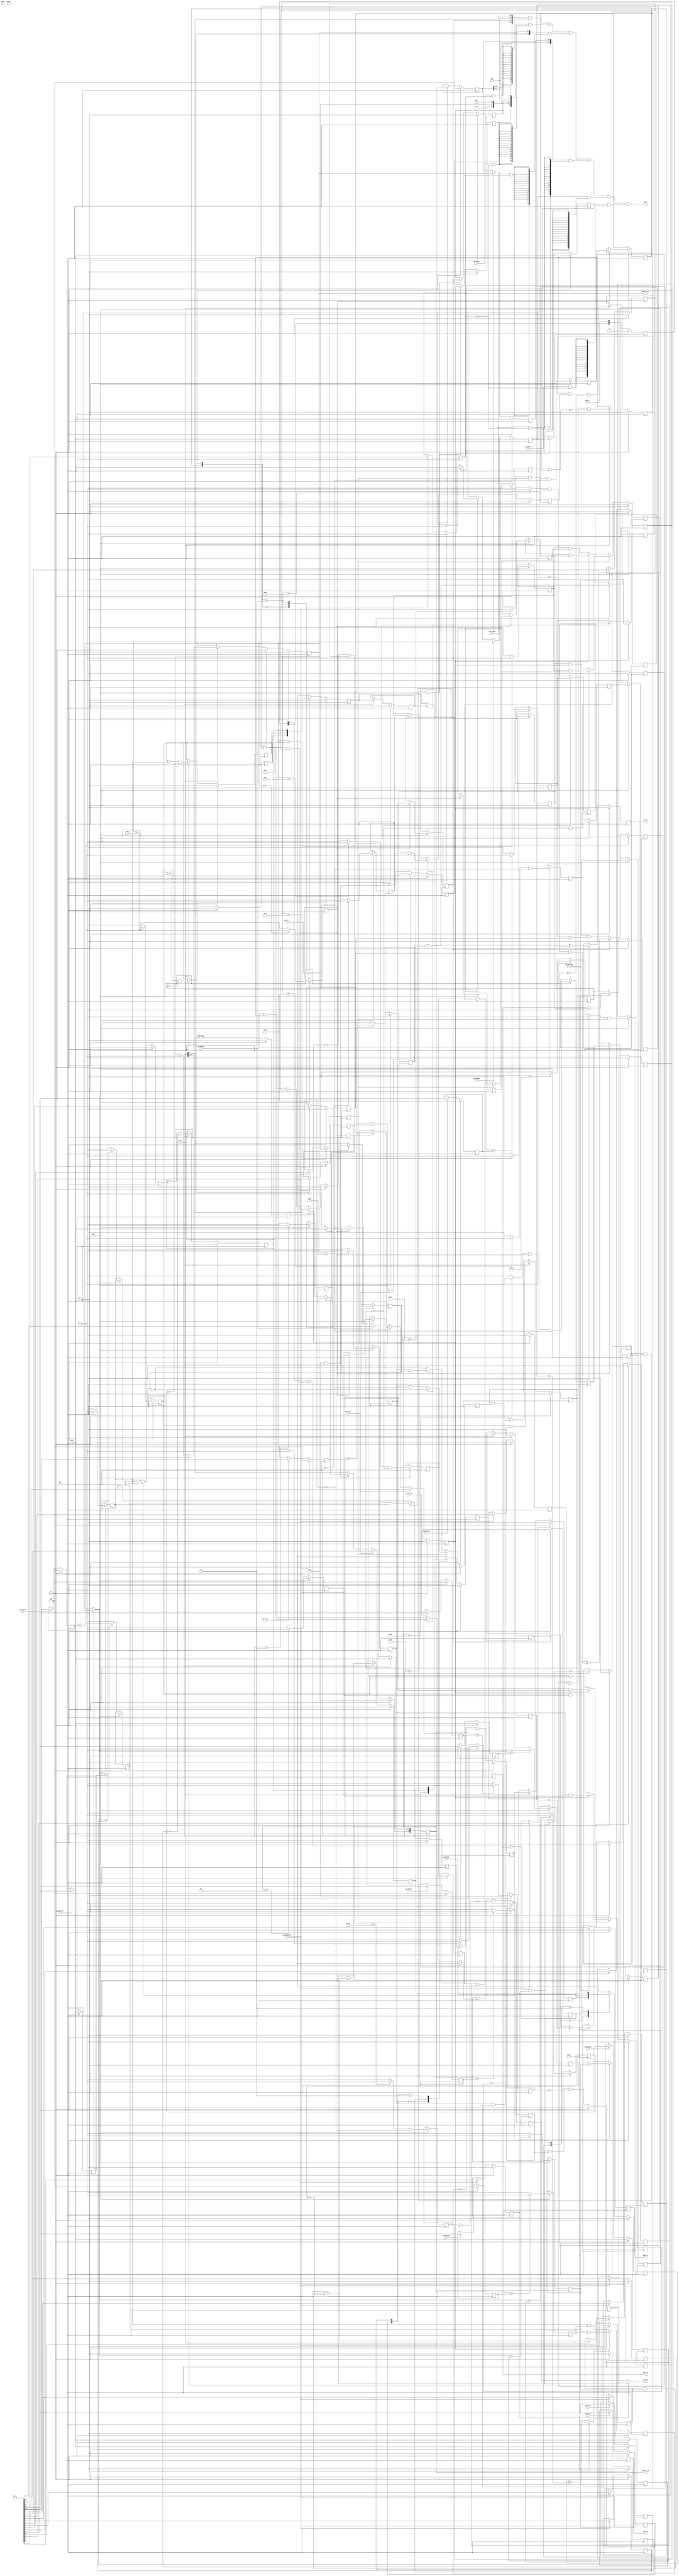
module Agnus_beam_ctr
(
    input  wire        rst,           // Global synchronous reset
    input  wire        clk,           // Master clock (28/56/85 MHz)
    
    input  wire        cck_r,         // CCK rising edge
    input  wire        cck_f,         // CCK falling edge
    input  wire        cdac_r,        // CDAC rising edge
    
    input  wire        reg_vposr,     // VPOSR access
    input  wire        reg_vposw,     // VPOSW access
    input  wire        reg_vhposr,    // VHPOSR access
    input  wire        reg_vhposw,    // VHPOSW access
    input  wire        reg_hhposr,    // HHPOSR access
    input  wire        reg_hhposw,    // HHPOSW access
    input  wire        reg_bplcon0,   // BPLCON0 access
    input  wire        reg_beamcon0,  // BEAMCON0 access
    input  wire        reg_htotal,    // HTOTAL access
    input  wire        reg_hsstop,    // HSSTOP access
    input  wire        reg_hsstrt,    // HSSTRT access
    input  wire        reg_hbstop,    // HBSTOP access
    input  wire        reg_hbstrt,    // HBSTRT access
    input  wire        reg_hcenter,   // HCENTER access
    input  wire        reg_vtotal,    // VTOTAL access
    input  wire        reg_vsstop,    // VSSTOP access
    input  wire        reg_vsstrt,    // VSSTRT access
    input  wire        reg_vbstop,    // VBSTOP access
    input  wire        reg_vbstrt,    // VBSTRT access
    
    input  wire [15:0] db_i,          // Data bus input
    output wire [15:0] db_o,          // Data bus output
    
    output wire  [8:1] hpos_ctr_o,    // Horizontal position
    output wire [10:0] vpos_ctr_o,    // Vertical position
    output wire        vblank_o,      // Vertical blanking
    output wire        start_o,       // DMA / scanline start
    
    input  wire        hsync_i,       // Horizontal synchro input (genlock)
    output wire        hsync_o,       // Horizontal synchro output
    input  wire        vsync_i,       // Vertical synchro input (genlock)
    output wire        vsync_o,       // Vertical synchro output
    output wire        csync_o,       // Composite synchro output
    
    input  wire        ntsc_n_i,      // PAL (1), NTSC (0)
    input  wire        lpen_n_i       // Light pen trigger
);
    parameter [6:0] CHIP_ID = 7'h22;
    
    // ========================================================================
    // Chip registers read
    // ========================================================================
    
    // Regular VPOSR / VHPOSR / HHPOS registers
    wire [15:0] w_VPOSR =
    {
        r_LOF,
        CHIP_ID[6:5], ~ntsc_n_i, CHIP_ID[3:0],
        r_LOL,
        4'b0000,
        r_VPOS[10:8]
    };
    wire [15:0] w_VHPOSR =
    {
        r_VPOS[7:0],
        r_HPOS[8:1]
    };
    wire [15:0] w_HHPOSR =
    {
        8'b00000000,
        r_HHPOS[8:1]
    };
    // Light pen VPOSR / VHPOSR / HHPOS registers
    wire [15:0] w_VPOSR_lp =
    {
        r_LOF_lp,
        CHIP_ID[6:5], ~ntsc_n_i, CHIP_ID[3:0],
        r_LOL_lp,
        4'b0000,
        r_VPOS_lp[10:8]
    };
    wire [15:0] w_VHPOSR_lp =
    {
        r_VPOS_lp[7:0],
        r_HPOS_lp[8:1]
    };
    wire [15:0] w_HHPOSR_lp =
    {
        8'b00000000,
        r_HHPOS_lp[8:1]
    };
    
    // Register read
    assign db_o =
        w_VPOSR     & {16{reg_vposr  &  r_LPENDIS}} |
        w_VPOSR_lp  & {16{reg_vposr  & ~r_LPENDIS}} |
        w_VHPOSR    & {16{reg_vhposr &  r_LPENDIS}} |
        w_VHPOSR_lp & {16{reg_vhposr & ~r_LPENDIS}} |
        w_HHPOSR    & {16{reg_hhposr &  r_LPENDIS}} |
        w_HHPOSR_lp & {16{reg_hhposr & ~r_LPENDIS}};
    
    // ========================================================================
    // Chip registers write
    // ========================================================================
    
    // BPLCON0[3:1]
    reg         r_LPEN;      // Bit #3
    reg         r_ERSY;      // Bit #2 (TBD)
    reg         r_LACE;      // Bit #1
    
    always @ (posedge clk) begin : BPLCON0_REG
    
        if (rst) begin
            r_LPEN <= 1'b0;
            r_ERSY <= 1'b0;
            r_LACE <= 1'b0;
        end
        else begin
            if (reg_bplcon0) begin
                r_LPEN <= db_i[3];
                r_ERSY <= db_i[2];
                r_LACE <= db_i[1];
            end
        end
    end

    // ========================================================================
    
    // BEAMCON0[14:0]
    reg         r_HARDDIS;   // Bit #14 (TBD)
    reg         r_LPENDIS;   // Bit #13
    reg         r_VARVBEN;   // Bit #12
    reg         r_LOLDIS;    // Bit #11
    reg         r_CSCBEN;    // Bit #10
    reg         r_VARVSYEN;  // Bit #9
    reg         r_VARHSYEN;  // Bit #8
    reg         r_VARBEAMEN; // Bit #7
    reg         r_DUAL;      // Bit #6
    reg         r_PAL;       // Bit #5
    reg         r_VARCSYEN;  // Bit #4
    reg         r_BLANKEN;   // Bit #3
    reg         r_CSYTRUE;   // Bit #2
    reg         r_VSYTRUE;   // Bit #1
    reg         r_HSYTRUE;   // Bit #0
    
    always @ (posedge clk) begin : BEAMCON0_REG
    
        if (rst) begin
            r_HARDDIS   <= 1'b0;
            r_LPENDIS   <= 1'b0;
            r_VARVBEN   <= 1'b0;
            r_LOLDIS    <= 1'b0;
            r_CSCBEN    <= 1'b0;
            r_VARVSYEN  <= 1'b0;
            r_VARHSYEN  <= 1'b0;
            r_VARBEAMEN <= 1'b0;
            r_DUAL      <= 1'b0;
            r_PAL       <= ~ntsc_n_i;
            r_VARCSYEN  <= 1'b0;
            r_BLANKEN   <= 1'b0;
            r_CSYTRUE   <= 1'b0;
            r_VSYTRUE   <= 1'b0;
            r_HSYTRUE   <= 1'b0;
        end
        else begin
            if (reg_beamcon0) begin
                r_HARDDIS   <= db_i[14];
                r_LPENDIS   <= db_i[13];
                r_VARVBEN   <= db_i[12];
                r_LOLDIS    <= db_i[11];
                r_CSCBEN    <= db_i[10];
                r_VARVSYEN  <= db_i[9];
                r_VARHSYEN  <= db_i[8];
                r_VARBEAMEN <= db_i[7];
                r_DUAL      <= db_i[6];
                r_PAL       <= db_i[5];
                r_VARCSYEN  <= db_i[4];
                r_BLANKEN   <= db_i[3];
                r_CSYTRUE   <= db_i[2];
                r_VSYTRUE   <= db_i[1];
                r_HSYTRUE   <= db_i[0];
            end
        end
    end
    
    // ========================================================================
    
    // HTOTAL[7:0]
    reg   [7:0] r_HTOTAL;
    // HSSTOP[7:0]
    reg   [7:0] r_HSSTOP;
    // HSSTRT[7:0]
    reg   [7:0] r_HSSTRT;
    // HBSTOP[7:0]
    reg   [7:0] r_HBSTOP;
    // HBSTRT[7:0]
    reg   [7:0] r_HBSTRT;
    // HCENTER[7:0]
    reg   [7:0] r_HCENTER;
    
    always @ (posedge clk) begin : HBEAM_REG
    
        if (rst) begin
            r_HTOTAL  <= 8'd226; // To have HHPOS following HPOS
            r_HSSTOP  <= 8'd0;
            r_HSSTRT  <= 8'd0;
            r_HBSTOP  <= 8'd0;
            r_HBSTRT  <= 8'd0;
            r_HCENTER <= 8'd0;
        end
        else begin
            if (reg_htotal)  r_HTOTAL  <= db_i[7:0];
            if (reg_hsstop)  r_HSSTOP  <= db_i[7:0];
            if (reg_hsstrt)  r_HSSTRT  <= db_i[7:0];
            if (reg_hbstop)  r_HBSTOP  <= db_i[7:0];
            if (reg_hbstrt)  r_HBSTRT  <= db_i[7:0];
            if (reg_hcenter) r_HCENTER <= db_i[7:0];
        end
    end
    
    // ========================================================================
    
    // VTOTAL[10:0]
    reg  [10:0] r_VTOTAL;
    // HSSTOP[10:0]
    reg  [10:0] r_VSSTOP;
    // HSSTRT[10:0]
    reg  [10:0] r_VSSTRT;
    // HBSTOP[10:0]
    reg  [10:0] r_VBSTOP;
    // HBSTRT[10:0]
    reg  [10:0] r_VBSTRT;
    
    always @ (posedge clk) begin : VBEAM_REG
    
        if (rst) begin
            r_VTOTAL <= 11'd0;
            r_VSSTOP <= 11'd0;
            r_VSSTRT <= 11'd0;
            r_VBSTOP <= 11'd0;
            r_VBSTRT <= 11'd0;
        end
        else begin
            if (reg_vtotal)  r_VTOTAL  <= db_i[10:0];
            if (reg_vsstop)  r_VSSTOP  <= db_i[10:0];
            if (reg_vsstrt)  r_VSSTRT  <= db_i[10:0];
            if (reg_vbstop)  r_VBSTOP  <= db_i[10:0];
            if (reg_vbstrt)  r_VBSTRT  <= db_i[10:0];
        end
    end
    
    // ========================================================================
    // Clock domain crossing for HSYNC
    // ========================================================================
    
    reg [2:0] r_hsync_cc;
    
    always @ (posedge clk) begin : HSYNC_CC
    
        r_hsync_cc[0] <= hsync_i;
        r_hsync_cc[1] <= r_hsync_cc[0];
        
        // Synchronize on CCK's rising edge
        // Take care of the polarity
        if (cck_r) begin
            r_hsync_cc[2] <= r_hsync_cc[1] ^ ~r_HSYTRUE;
        end
    end
    
    // ========================================================================
    // Horizontal counter
    // ========================================================================
    
    // Long line flip-flop
    reg         r_LOL;
    // Horizontal counter
    reg   [8:1] r_HPOS;
    
    always @ (posedge clk) begin : HPOS_CTR
        reg v_hend;
    
        if (rst) begin
            r_HPOS <= 8'd0;
            r_LOL  <= 1'b0;
            v_hend <= 1'b0;
        end
        else begin
            // Load HPOS when VHPOSW is written
            if (reg_vhposw) begin
                r_HPOS <= db_i[7:0];
            end
            else if (cck_f) begin
                r_HPOS <= (v_hend) ? 8'd0 : r_HPOS + 8'd1;
            end
            
            // Horizontal end
            v_hend <= (r_LOL)
                    ? r_HC227 | r_HEND_d & r_VARBEAMEN  // Long line
                    : r_HC226 | r_HEND   & r_VARBEAMEN; // Short line
                
            // Clear LOL flag in PAL mode or when VPOSW is written
            if (r_PAL | r_LOLDIS | reg_vposw) begin
                r_LOL <= 1'b0;
            end
            // Otherwise, toggle LOL flag when HPOS = 1
            else begin
                r_LOL <= r_LOL ^ (r_HC1 & cck_f);
            end
        end
    end
    
    assign hpos_ctr_o = r_HPOS;
    
    // ========================================================================
    // Second horizontal counter
    // ========================================================================
    
    // Second horizontal counter
    reg   [8:1] r_HHPOS;
    
    always @ (posedge clk) begin : HHPOS_CTR
        reg v_hend;
    
        if (rst) begin
            r_HHPOS <= 8'd0;
            v_hend <= 1'b0;
        end
        else begin
            // Load HPOS when VHPOSW is written
            if (reg_hhposw) begin
                r_HHPOS <= db_i[7:0];
            end
            else if (cck_f) begin
                r_HHPOS <= (v_hend) ? 8'd0 : r_HHPOS + 8'd1;
            end
            
            // Horizontal end
            v_hend <= (r_LOL)  // HHPOS should have its own LOL flag ???
                    ? r_HEND_d // Long line
                    : r_HEND;  // Short line
        end
    end
    
    // ========================================================================
    // Horizontal counter comparators
    // ========================================================================
    
    // Those specific HPOS values follow NTSC/PAL Agnus datasheet page 39
    wire w_HC0   = (r_HPOS == 8'd0)   ? 1'b1 : 1'b0;
    wire w_HC1   = (r_HPOS == 8'd1)   ? 1'b1 : 1'b0;
    wire w_HC9   = (r_HPOS == 8'd9)   ? 1'b1 : 1'b0;
    wire w_HC18  = (r_HPOS == 8'd18)  ? 1'b1 : 1'b0;
    wire w_HC26  = (r_HPOS == 8'd26)  ? 1'b1 : 1'b0;
    wire w_HC35  = (r_HPOS == 8'd35)  ? 1'b1 : 1'b0;
    wire w_HC115 = (r_HPOS == 8'd115) ? 1'b1 : 1'b0;
    wire w_HC132 = (r_HPOS == 8'd132) ? 1'b1 : 1'b0;
    wire w_HC140 = (r_HPOS == 8'd140) ? 1'b1 : 1'b0;
    wire w_HC226 = (r_HPOS == 8'd226) ? 1'b1 : 1'b0;

    // ========================================================================
    
    // Start of line :
    // Freeze HPOS when GENLOCK is active and no HSYNC
    reg         r_HC0;
    // LOL flag toggle
    // VPOS management
    // Start of fixed DMAs
    // VB pulse (de-)assertion
    // Serration pulse de-assertion
    reg         r_HC1;
    // VE pulse assertion (Odd field, PAL & NTSC)
    // VE pulse de-assertion (Even field PAL, Odd field NTSC)
    reg         r_HC9; // a.k.a VR1
    // HSYNC pulse assertion (PAL & NTSC)
    // 1st equalization pulse assertion (PAL & NTSC)
    // 1st serration pulse assertion (PAL & NTSC)
    reg         r_HC18; // a.k.a SHS
    // 1st equalization pulse de-assertion (PAL)
    reg         r_HC26; // a.k.a VER1_P
    // 1st equalization pulse de-assertion (NTSC)
    reg         r_HC27; // a.k.a VER1_N
    // HSYNC pulse de-assertion (PAL & NTSC)
    reg         r_HC35; // a.k.a RHS
    // VE pulse assertion (Even field, PAL & NTSC)
    // VE pulse de-assertion (Odd field PAL, Even field NTSC)
    // 1st serration pulse de-assertion (PAL & NTSC)
    reg         r_HC115; // a.k.a VR2
    // 2nd serration pulse assertion (PAL & NTSC)
    // 2nd equalization pulse assertion (PAL & NTSC)
    reg         r_HC132; // a.k.a CEN
    // 2nd equalization pulse de-assertion (PAL)
    reg         r_HC140; // a.k.a VER2_P
    // 2nd equalization pulse de-assertion (NTSC)
    reg         r_HC141; // a.k.a VER2_N
    // End of PAL line
    // End of NTSC short line
    reg         r_HC226;
    // End of NTSC long line
    reg         r_HC227;
    
    // End of line
    reg         r_HEND;   // LOL = 0
    reg         r_HEND_d; // LOL = 1
    // Middle of line
    reg         r_HMID;
    // HSYNC de-assertion
    reg         r_HS_clr;
    // HSYNC assertion
    reg         r_HS_set;
    // HBLANK de-assertion
    reg         r_HB_clr;
    // HBLANK assertion
    reg         r_HB_set;
    // DUAL mode
    wire  [8:1] w_hpos = (r_DUAL) ? r_HHPOS : r_HPOS;
    
    always @ (posedge clk) begin : HCOMPARE_REG
    
        if (cck_r) begin
            r_HC0    <= w_HC0;
            r_HC1    <= w_HC1;
            r_HC9    <= w_HC9;
            r_HC18   <= w_HC18;
            r_HC26   <= w_HC26 & r_VE & ~r_OLDVSY;
            r_HC35   <= w_HC35;
            r_HC115  <= w_HC115;
            r_HC132  <= w_HC132;
            r_HC140  <= w_HC140 & r_VE & ~r_OLDVSY;
            r_HC226  <= w_HC226 & ~r_VARBEAMEN;
            
            // Delayed horizontal compare (it saves some LUTs)
            r_HC27   <= r_HC26;
            r_HC141  <= r_HC140;
            r_HC227  <= r_HC226;
            r_HEND_d <= r_HEND;
            
            // Variable beam compare
            r_HEND   <= (w_hpos == r_HTOTAL)  ? 1'b1 : 1'b0;
            r_HMID   <= (w_hpos == r_HCENTER) ? 1'b1 : 1'b0;
            r_HS_clr <= (w_hpos == r_HSSTOP)  ? 1'b1 : 1'b0;
            r_HS_set <= (w_hpos == r_HSSTRT)  ? 1'b1 : 1'b0;
            r_HB_clr <= (w_hpos == r_HBSTOP)  ? 1'b1 : 1'b0;
            r_HB_set <= (w_hpos == r_HBSTRT)  ? 1'b1 : 1'b0;
        end
    end
    
    assign start_o = r_HC1;

    // ========================================================================
    // Vertical counter
    // ========================================================================
    
    // Long field flip-flop
    reg         r_LOF;
    // Vertical counter
    reg  [10:0] r_VPOS;
    
    always @ (posedge clk) begin : VPOS_CTR
        reg v_vend;
        reg v_cout;
    
        if (rst) begin
            r_VPOS <= 11'd0;
            r_LOF  <= 1'b0;
            v_vend <= 1'b0;
            v_cout <= 1'b0;
        end
        else begin
            // Load VPOS LSB when VHPOSW is written
            if (reg_vhposw) begin
                r_VPOS[7:0] <= db_i[15:8];
            end
            // VPOS LSB management when HPOS = 1
            else if (r_HC1 & cck_f) begin
                if (v_vend) begin
                    r_VPOS[7:0] <= 8'd0;
                end
                else begin
                    r_VPOS[7:0] <= r_VPOS[7:0] + 8'd1;
                end
            end
            
            // Load VPOS MSB and LOF when VPOSW is written
            if (reg_vposw) begin
                r_VPOS[10:8] <= db_i[2:0];
                r_LOF        <= db_i[15];
            end
            // VPOS MSB management when HPOS = 1
            else if (r_HC1 & cck_f) begin
                if (v_vend) begin
                    r_VPOS[10:8] <= 3'd0;
                    r_LOF        <= ~r_LOF & r_LACE;
                end
                else begin
                    r_VPOS[10:8] <= r_VPOS[10:8] + { 2'b00, v_cout };
                end
            end
            
            // Vertical end : reset VPOS counter
            if (r_LOF) begin
                // Long field vertical end
                v_vend <= r_VC262 | r_VC312 | r_VEND_d;
            end
            else begin
                // Short field vertical end
                v_vend <= r_VC261 | r_VC311 | r_VEND;
            end
            
            // LSB -> MSB carry out
            v_cout <= &r_VPOS[7:0];
        end
    end
    
    assign vpos_ctr_o = r_VPOS;
    
    // ========================================================================
    // Vertical counter comparators
    // ========================================================================
    
    // Those specific VPOS values follow NTSC/PAL Agnus datasheet page 39
    wire w_VC0   = (r_VPOS == 11'd0  ) ? 1'b1 : 1'b0;
    wire w_VC2   = (r_VPOS == 11'd2  ) ? 1'b1 : 1'b0;
    wire w_VC5   = (r_VPOS == 11'd5  ) ? 1'b1 : 1'b0;
    wire w_VC20  = (r_VPOS == 11'd20 ) ? 1'b1 : 1'b0;
    wire w_VC25  = (r_VPOS == 11'd25 ) ? 1'b1 : 1'b0;
    wire w_VC261 = (r_VPOS == 11'd261) ? 1'b1 : 1'b0;
    wire w_VC311 = (r_VPOS == 11'd311) ? 1'b1 : 1'b0;
    
    // ========================================================================
    
    // PAL or NTSC vertical equalization start
    reg         r_VC0;
    // PAL vertical synchro start (short field)
    reg         r_VC2;
    // PAL vertical synchro start (long field)
    // NTSC vertical synchro start (both fields)
    reg         r_VC3;
    // PAL vertical synchro stop (both fields)
    reg         r_VC5;
    // NTSC vertical synchro stop (both fields)
    reg         r_VC6;
    // PAL vertical equalization stop (short field)
    reg         r_VC7;
    // PAL vertical equalization stop (long field)
    reg         r_VC8;
    // NTSC vertical equalization stop (both fields)
    reg         r_VC9;
    // NTSC vertical blanking stop
    reg         r_VC20; // a.k.a RVB_N
    // PAL vertical blanking stop
    reg         r_VC25; // a.k.a RVB_P
    // NTSC vertical end (short field)
    reg         r_VC261;
    // NTSC vertical end (long field)
    reg         r_VC262;
    // PAL vertical end (short field)
    reg         r_VC311;
    // PAL vertical end (long field)
    reg         r_VC312;
    
    // End of field
    reg         r_VEND;   // LOF = 0
    reg         r_VEND_d; // LOF = 1
    // VSYNC de-assertion
    reg         r_VS_clr;
    // VSYNC assertion
    reg         r_VS_set;
    // VBLANK de-assertion
    reg         r_VB_clr;
    // VBLANK assertion
    reg         r_VB_set;
    
    always @ (posedge clk) begin : VCOMPARE_REG
    
        if (cck_r) begin
            r_VC0    <= w_VC0;
            r_VC2    <= w_VC2;
            r_VC5    <= w_VC5;
            r_VC20   <= w_VC20 & ~r_PAL;
            r_VC25   <= w_VC25 &  r_PAL;
            r_VC261  <= w_VC261 & ~r_PAL & ~r_VARBEAMEN;
            r_VC311  <= w_VC311 &  r_PAL & ~r_VARBEAMEN;
            
            // Variable beam compare (when HPOS = 1)
            r_VEND   <= (r_VPOS == r_VTOTAL) ? r_VARBEAMEN : 1'b0;
            r_VS_clr <= (r_VPOS == r_VSSTOP) ?        1'b1 : 1'b0;
            r_VS_set <= (r_VPOS == r_VSSTRT) ?        1'b1 : 1'b0;
            r_VB_clr <= (r_VPOS == r_VBSTOP) ?        1'b1 : 1'b0;
            r_VB_set <= (r_VPOS == r_VBSTRT) ?        1'b1 : 1'b0;
            
            // Delayed vertical compare (it saves some LUTs)
            if (r_HC0) begin
                r_VC3    <= r_VC2;
                r_VC6    <= r_VC5;
                r_VC7    <= r_VC6;
                r_VC8    <= r_VC7;
                r_VC9    <= r_VC8;
                r_VC262  <= r_VC261;
                r_VC312  <= r_VC311;
                r_VEND_d <= r_VEND & r_LOF;
            end
        end
    end
    
    // ========================================================================
    // Horizontal synchronization
    // ========================================================================
    
    // OCS HSYNC (PAL or NTSC)
    reg         r_OLDHSY;
    // ECS HSYNC (new video modes)
    reg         r_VARHSY;
    // Muxed HSYNC / CSYNC
    reg         r_MUXHSY;
    // Delayed HSYNC (Long line support)
    reg         r_LOLHSY;
    // HSYNC pin output
    reg         r_HSY;
    
    always @ (posedge clk) begin : HSYNC_REG
    
        if (rst) begin
            r_OLDHSY <= 1'b0;
            r_VARHSY <= 1'b0;
            r_MUXHSY <= 1'b0;
            r_LOLHSY <= 1'b0;
            r_HSY    <= 1'b0;
        end
        else begin
            // Re-synchronize HSYNC with CDAC clock
            if (cdac_r) begin
                // Take into account LOL state and signal polarity
                r_HSY <= ((r_LOL) ? r_LOLHSY : r_MUXHSY) ^ ~r_HSYTRUE;
            end
            
            // Half CCK cycle delay for LOL support
            if (cck_f) begin
                r_LOLHSY <= r_MUXHSY;
            end
            
            if (cck_f) begin
                // PAL or NTSC HSYNC
                r_OLDHSY <= (r_OLDHSY | r_HC18) & ~r_HC35;
                // Variable HSYNC
                r_VARHSY <= (r_VARHSY | r_HS_set) & ~r_HS_clr;
            end
            
            // Select the correct HSYNC / CSYNC signal
            casez ({ r_CSCBEN, r_VARHSYEN })
                2'b00 : r_MUXHSY <= r_OLDHSY; // PAL or NTSC
                2'b?1 : r_MUXHSY <= r_VARHSY; // New video modes
                2'b10 : r_MUXHSY <= r_VARCSY; // Dual mode
            endcase
        end
    end
    
    assign hsync_o = r_HSY;
    
    // ========================================================================
    // Composite synchronization
    // ========================================================================
    
    // OCS CSYNC (PAL or NTSC)
    reg         r_OLDCSY;
    // ECS CSYNC (new video modes)
    reg         r_VARCSY;
    // Muxed CSYNC / CBLANK
    reg         r_MUXCSY;
    // Delayed CSYNC (Long line support)
    reg         r_LOLCSY;
    // CSYNC pin output
    reg         r_CSY;
    
    always @ (posedge clk) begin : CSYNC_REG
        reg v_clr_e;
        reg v_clr_o;
        reg v_set_o;
        reg v_clr_v;
        reg v_set_v;
    
        if (rst) begin
            r_OLDCSY <= 1'b0;
            r_VARCSY <= 1'b0;
            r_MUXCSY <= 1'b0;
            r_LOLCSY <= 1'b0;
            r_CSY    <= 1'b0;
            v_clr_e  <= 1'b0;
            v_clr_o  <= 1'b0;
            v_set_o  <= 1'b0;
            v_clr_v  <= 1'b0;
            v_set_v  <= 1'b0;
        end
        else begin
            // Re-synchronize CSYNC with CDAC clock
            if (cdac_r) begin
                // Take into account LOL state and signal polarity
                r_CSY <= ((r_LOL) ? r_LOLCSY : r_MUXCSY) ^ ~r_CSYTRUE;
            end
            
            // Half CCK cycle delay for LOL support
            if (cck_f) begin
                r_LOLCSY <= r_MUXCSY;
            end
            
            if (cck_f) begin
                // PAL or NTSC CSYNC
                r_OLDCSY <= (r_OLDCSY | v_set_o) & ~(v_clr_e | v_clr_o);
                // Variable CSYNC
                r_VARCSY <= (r_VARCSY | v_set_v) & ~v_clr_v;
            end
            
            // Select the correct CSYNC / CBLANK signal
            casez ({ r_BLANKEN, r_VARCSYEN })
                2'b00 : r_MUXCSY <= r_OLDCSY; // PAL or NTSC
                2'b?1 : r_MUXCSY <= r_VARCSY; // New video modes
                2'b10 : r_MUXCSY <= r_VARCB;  // Composite blanking to Denise
            endcase
            
            // CSYNC clear (during equalization)
            if (r_PAL) begin
                // PAL : cycle #26 or cycle #140
                v_clr_e <= r_HC26 | r_HC140;
            end
            else begin
                // NTSC : cycle #27 or cycle #141
                v_clr_e <= r_HC27 | r_HC141;
            end
            
            // CSYNC clear : cycle #1 or cycle #115 (during VSYNC) otherwise, cycle #35
            v_clr_o <= (r_OLDVSY) ? r_HC1 | r_HC115 : r_HC35;
            // CSYNC set : cycle #18 or cycle #132 (during equalization)
            v_set_o <= r_HC18 | r_HC132 & r_VE;
            
            // VARCSY clear
            v_clr_v <= (r_PREVSY) ? r_HB_clr | r_HB_set : r_HS_clr;
            // VARCSY set
            v_set_v <= (r_PREVSY) ? r_HS_set | r_HMID   : r_HS_set;
        end
    end
    
    assign csync_o = r_CSY;
    
    // ========================================================================
    // Vertical synchronization
    // ========================================================================
    
    // OCS VSYNC (PAL or NTSC)
    reg         r_OLDVSY;
    // ECS VSYNC (new video modes)
    reg         r_PREVSY; // Used by VARCSY
    reg         r_VARVSY;
    // Muxed VSYNC / CBLANK
    reg         r_MUXVSY;
    // VSYNC pin output
    reg         r_VSY;
    
    always @ (posedge clk) begin : VSYNC_REG
        reg v_clr_o;
        reg v_set_o;
        reg v_clr_v;
        reg v_set_v;
        
        if (rst) begin
            r_OLDVSY <= 1'b0;
            r_PREVSY <= 1'b0;
            r_VARVSY <= 1'b0;
            r_MUXVSY <= 1'b0;
            r_VSY    <= 1'b0;
            v_clr_o  <= 1'b0;
            v_set_o  <= 1'b0;
            v_clr_v  <= 1'b0;
            v_set_v  <= 1'b0;
        end
        else begin
            // Re-synchronize VSYNC with CDAC clock
            if (cdac_r) begin
                // Take into account the signal polarity
                // No LOL support !
                r_VSY <= r_MUXVSY ^ ~r_VSYTRUE;
            end
            
            if (cck_f) begin
                // PAL or NTSC VSYNC
                r_OLDVSY <= (r_OLDVSY | v_set_o) & ~v_clr_o;
                // Variable VSYNC
                r_VARVSY <= r_PREVSY;
            end
            
            // Select the correct VSYNC / CBLANK signal
            casez ({ r_CSCBEN, r_VARVSYEN })
                2'b00 : r_MUXVSY <= r_OLDVSY; // PAL or NTSC
                2'b?1 : r_MUXVSY <= r_VARVSY; // New video modes
                2'b10 : r_MUXVSY <= r_VARCB;  // Dual mode
            endcase
            
            // VSYNC clear and set
            if (r_PAL) begin
                // PAL case
                v_clr_o <= (r_LOF) ? r_HC132 & r_VC5 : r_HC18 & r_VC5;
                v_set_o <= (r_LOF) ? r_HC18 & r_VC3 : r_HC132 & r_VC2;
            end
            else begin
                // NTSC case
                v_clr_o <= (r_LOF) ? r_HC132 & r_VC6 : r_HC18 & r_VC6;
                v_set_o <= (r_LOF) ? r_HC132 & r_VC3 : r_HC18 & r_VC3;
            end
            
            // Variable VSYNC
            r_PREVSY <= (r_VARVSY | v_set_v) & ~v_clr_v;
            v_clr_v  <= (r_LOF) ? r_HMID & r_VS_clr : r_HS_set & r_VS_clr;
            v_set_v  <= (r_LOF) ? r_HMID & r_VS_set : r_HS_set & r_VS_set;
        end
    end
    
    assign vsync_o = r_VSY;
    
    // ========================================================================
    // Vertical equalization
    // ========================================================================
    
    // Vertical equalization flag for CSYNC generation (PAL or NTSC)
    reg         r_VE;
    
    always @ (posedge clk) begin : VEQUAL_REG
        reg v_set;
        reg v_clr;
    
        if (rst) begin
            r_VE  <= 1'b0;
            v_clr <= 1'b0;
            v_set <= 1'b0;
        end
        else begin
            if (cck_f) begin
                r_VE <= (r_VE | v_set) & ~v_clr;
            end
            
            // Vertical equalization clear
            if (r_PAL) begin
                // PAL mode
                v_clr <= (r_LOF) ? r_HC9 & r_VC8 : r_HC115 & r_VC7;
            end
            else begin
                // NTSC mode
                v_clr <= (r_LOF) ? r_HC115 & r_VC9 : r_HC9 & r_VC9;
            end
            
            // Vertical equalization set
            v_set <= (r_LOF) ? r_HC115 & r_VC0 : r_HC9 & r_VC0;
        end
    end
    
    // ========================================================================
    // Horizontal and composite blanking
    // ========================================================================
    
    // ECS HBLANK
    reg         r_VARHB;
    // ECS CBLANK
    reg         r_VARCB;
    
    always @ (posedge clk) begin : HCBLANK_REG
    
        if (rst) begin
            r_VARHB <= 1'b0;
            r_VARCB <= 1'b0;
        end
        else begin
            if (cck_f) begin
                // Variable HBLANK
                r_VARHB <= (r_VARHB | r_HB_set) & ~r_HB_clr;
                // Variable CBLANK
                r_VARCB <= r_VARVB | ((r_VARHB | r_HB_set) & ~r_HB_clr);
            end
        end
    end
    
    // ========================================================================
    // Vertical blanking
    // ========================================================================
    
    // OCS VBLANK (PAL or NTSC)
    reg         r_OLDVB;
    // ECS VBLANK (new video modes)
    reg         r_VARVB;
    
    always @ (posedge clk) begin : VBLANK_REG
        reg v_vend;
    
        if (rst) begin
            r_OLDVB <= 1'b1;
            r_VARVB <= 1'b0;
        end
        else begin
            if (r_LOF) begin
                // Short field vertical end
                v_vend = r_VC262 | r_VC312;
            end
            else begin
                // Long field vertical end
                v_vend = r_VC261 | r_VC311;
            end
            
            // NTSC blanking lines : 261/262, 0 .. 19
            // PAL blanking lines : 311/312, 0 .. 24
            r_OLDVB <= (r_OLDVB | v_vend) & ~(r_VC20 | r_VC25);
            // Variable VBLANK
            r_VARVB <= (r_VARVB | r_VB_set) & ~r_VB_clr;
        end
    end
    
    assign vblank_o = (r_VARVBEN) ? r_VARVB : r_OLDVB;
    
    // ========================================================================
    // Light pen coordinates
    // ========================================================================
    
    // Latch enable
    reg         r_HVL;
    // HPOS latch
    reg   [8:1] r_HPOS_lp;
    // LOL latch
    reg         r_LOL_lp;
    // VPOS latch
    reg  [10:0] r_VPOS_lp;
    // LOF latch
    reg         r_LOF_lp;
    // HHPOS latch
    reg   [8:1] r_HHPOS_lp;
    
    always @ (posedge clk) begin : LPEN_REG
        reg [1:0] v_lpen_cc;
    
        if (rst) begin
            r_HVL      <= 1'b0;
            r_HPOS_lp  <= 8'd0;
            r_LOL_lp   <= 1'b0;
            r_VPOS_lp  <= 11'd0;
            r_LOF_lp   <= 1'b0;
            r_HHPOS_lp <= 8'd0;
            v_lpen_cc  <= 2'b11;
        end
        else begin
            // Latch light pen coordinates
            if (r_HVL & r_LPEN & cck_r) begin
                r_HPOS_lp  <= r_HPOS;
                r_LOL_lp   <= r_LOL;
                r_VPOS_lp  <= r_VPOS;
                r_LOF_lp   <= r_LOF;
                r_HHPOS_lp <= r_HHPOS;
            end
            
            // HPOS / VPOS / HHPOS latch enable
            if (cck_r) begin
                r_HVL <= ~(v_lpen_cc[1] | r_HC0 | r_HC1 | (r_VARVBEN) ? r_VARVB : r_OLDVB);
            end
            
            // Clock domain crossing
            v_lpen_cc <= { v_lpen_cc[0], lpen_n_i };
        end
    end
    
endmodule